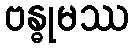
ဗန္ဓုမဿ